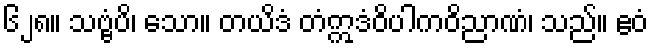
၆၂၈။ သဗ္ဗံပိ၊ သော။ တယိဒံ တံဣဒံဝိပါကဝိညာဏံ၊ သည်။ ဧဝံ